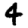
Digit: 4